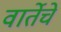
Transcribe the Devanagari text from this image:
वार्तेचे